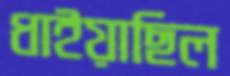
ধাইয়াছিল